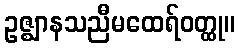
ဥဇ္ဈာနသညီမထေရ်ဝတ္ထု။